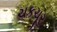
ચકચૂર